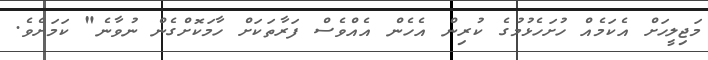
މަޖިލީހަށް އެކަމެއް ހުށަހެޅުމުގެ ކުރިން އެހެން އެއްވެސް ފަރާތަކަށް ހާމަކޮށްގެން ނުވާނެ" ކަމަށެވެ.